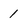
Character: 1